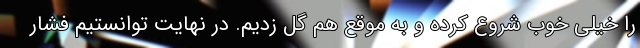
را خیلی خوب شروع کرده و به موقع هم گل زدیم. در نهایت توانستیم فشار